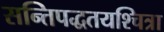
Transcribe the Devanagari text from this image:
सन्तिपद्धतयश्चित्रा